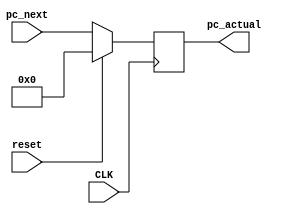
`timescale 1ns / 1ps
//////////////////////////////////////////////////////////////////////////////////
// Company: 
// Engineer: 
// 
// Design Name: 
// Module Name:    PC_next 
// Project Name: 
// Target Devices: 
// Tool versions: 
// Description: 
//
// Dependencies: 
//
// Revision: 
// Revision 0.01 - File Created
// Additional Comments: 
//
//////////////////////////////////////////////////////////////////////////////////
module PC_next(
    input CLK,
	 input reset,
    input [31:0] pc_next,
    output reg [31:0] pc_actual
    );
	 
	 initial pc_actual = 0;
	 
	 always @(posedge CLK)	 
	 	if (!reset)
			pc_actual = pc_next;
		else
			pc_actual = 0;
endmodule